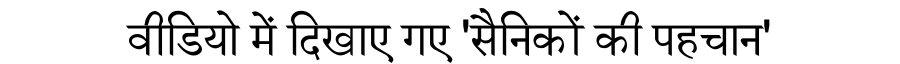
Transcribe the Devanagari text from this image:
वीडियो में दिखाए गए 'सैनिकों की पहचान'